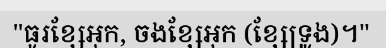
"ធូរខ្សែអុក, ចងខ្សែអុក (ខ្សែទ្រូង)។"